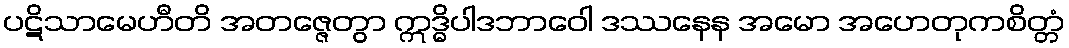
ပဋိသာမေဟီတိ အတဇ္ဇေတွာ ဣဒ္ဓိပါဒဘာဝေါ ဒဿနေန အမော အဟေတုကစိတ္တံ